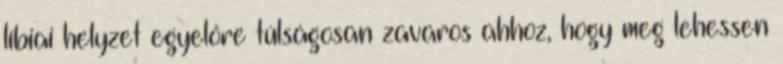
líbiai helyzet egyelőre túlságosan zavaros ahhoz, hogy meg lehessen